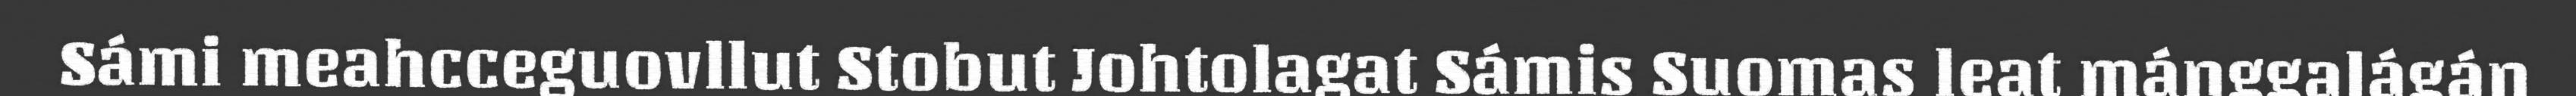
Sámi meahcceguovllut Stobut Johtolagat Sámis Suomas leat máŋggalágán